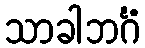
သာခါဘင်္ဂံ